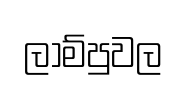
ලාම්පුවල